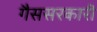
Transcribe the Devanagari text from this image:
गैससरकारी